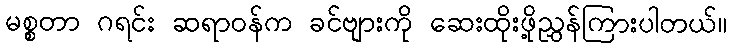
မစ္စတာ ဂရင်း ဆရာဝန်က ခင်ဗျားကို ဆေးထိုးဖို့ညွှန်ကြားပါတယ်။